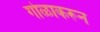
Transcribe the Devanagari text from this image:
गोळाकरून